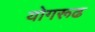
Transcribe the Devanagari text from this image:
योगरूढ